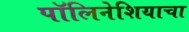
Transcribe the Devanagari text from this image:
पॉलिनेशियाचा